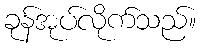
ခုန်အုပ်လိုက်သည်။